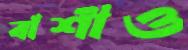
বাঁশীও